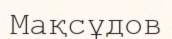
Мақсұдов